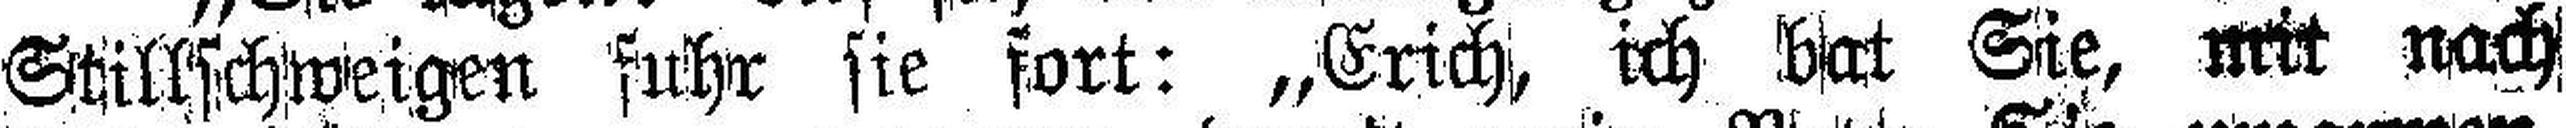
Stillschweigen fuhr sie fort: „Erich, ich bat Sie, mit nach